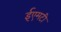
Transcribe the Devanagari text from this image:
ईएमटी